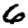
Digit: 6